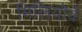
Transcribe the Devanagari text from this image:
मिलियोवे